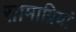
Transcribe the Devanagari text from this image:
सामाग्रियां